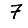
Digit: 7